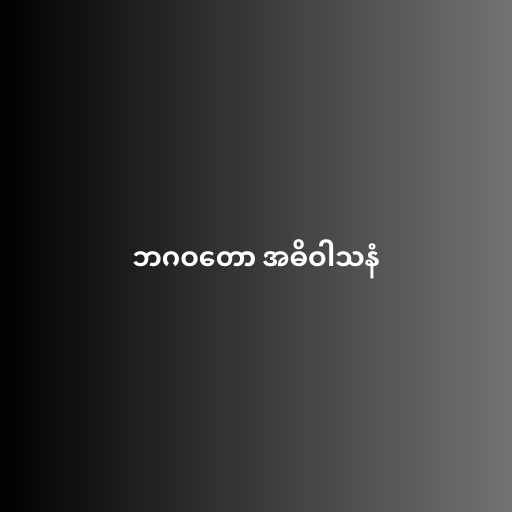
ဘဂဝတော အဓိဝါသနံ